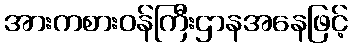
အားကစားဝန်ကြီးဌာနအနေဖြင့်